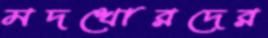
মদখোরদের